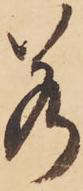
若